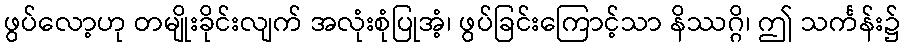
ဖွပ်လော့ဟု တမျိုးခိုင်းလျက် အလုံးစုံပြုအံ့၊ ဖွပ်ခြင်းကြောင့်သာ နိဿဂ္ဂိ၊ ဤ သင်္ကန်း၌